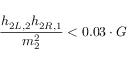
\frac { h _ { 2 L , 2 } h _ { 2 R , 1 } } { m _ { 2 } ^ { 2 } } < 0 . 0 3 \cdot G